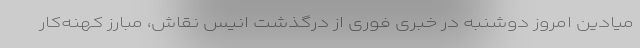
میادین امروز دوشنبه در خبری فوری از درگذشت انیس نقاش، مبارز کهنه‌کار